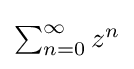
{\textstyle \sum _{n=0}^{\infty }z^{n}}